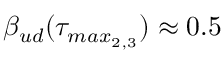
\beta _ { u d } ( \tau _ { m a x _ { 2 , 3 } } ) \approx 0 . 5